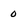
Character: 0